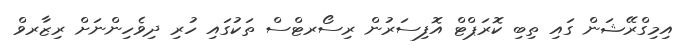
އިމިގްރޭޝަން ގައި ތިބި ކޮރަޕްޓް އޮފިސަރުން ރިސޯރޓްސް ތަކުގައި ހުރި ދިވެހިންނަށް ރިޒާރވް